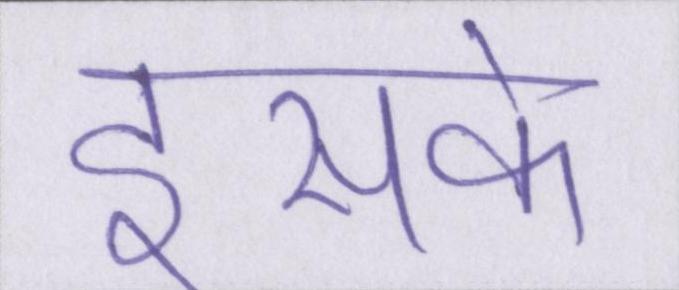
इसके